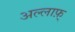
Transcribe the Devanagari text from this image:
अल्लाफ़्‌